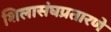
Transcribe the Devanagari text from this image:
शिलासंघप्रतारणे